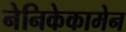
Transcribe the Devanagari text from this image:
नेनिकेकामेन